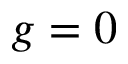
g = 0